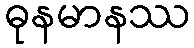
ဓုနမာနဿ